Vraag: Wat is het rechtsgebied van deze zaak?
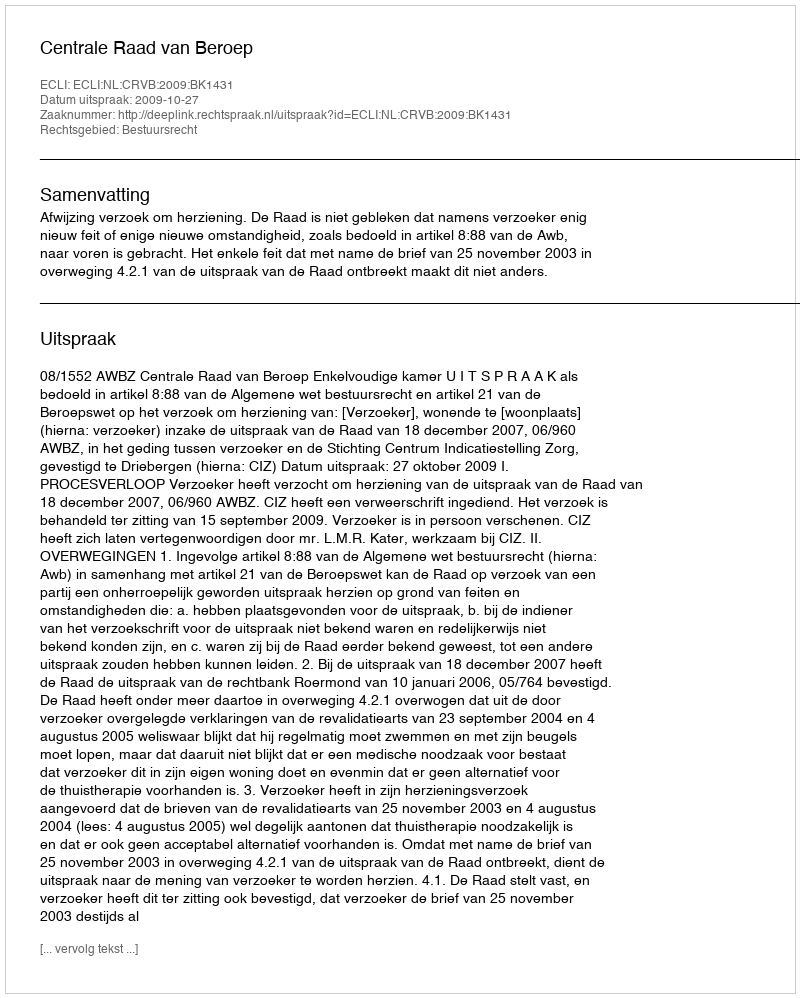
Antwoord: Bestuursrecht